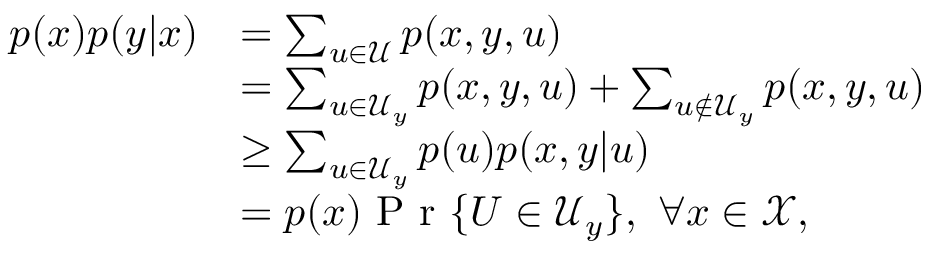
\begin{array} { r l } { p ( x ) p ( y | x ) } & { = \sum _ { u \in \mathcal { U } } p ( x , y , u ) } \\ & { = \sum _ { u \in \mathcal { U } _ { y } } p ( x , y , u ) + \sum _ { u \not \in \mathcal { U } _ { y } } p ( x , y , u ) } \\ & { \geq \sum _ { u \in \mathcal { U } _ { y } } p ( u ) p ( x , y | u ) } \\ & { = p ( x ) \textnormal { P r } \{ U \in \mathcal { U } _ { y } \} , \ \forall x \in \mathcal { X } , } \end{array}